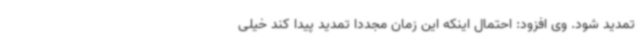
تمدید شود. وی افزود: احتمال اینکه این زمان مجدداً تمدید پیدا کند خیلی